Vaccination in Bombay 1902-1912 - 1902-1912
Year: 1902
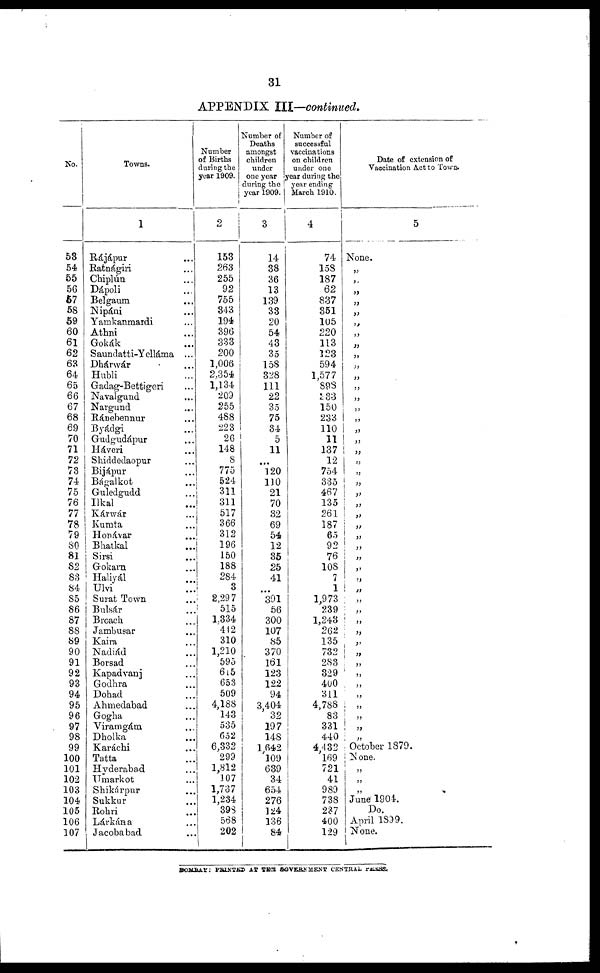
31
APPENDIX III—continued.
No.
53
54
55
56
57
58
59
60
61
62
63
64
65
66
67
68
69
70
71
72
73
74
75
76
77
78
79
80
81
82
83
84
85
86
87
88
89
90
91
92
93
94
95
96
97
98
99
100
101
102
103
104
105
106
107
Towns.
1
Rájápur ...
Ratnágiri ...
Chiplún ...
Dápoli ...
Belgaum ...
Nipáni ...
Yamkanmardi ...
Athni ...
Gokák ...
Saundatti-Yelláma ...
Dhárwár ...
Hubli ...
Gadag-Bettigeri ...
Navalgund ...
Nargund ...
Ránebennur ...
Byádgi ...
Gudgudápur ...
Háveri ...
Shiddedaopur ...
Bijápur ...
Bágalkot ...
Guledgudd ...
Ilkal ...
Kárwár
Kumta ...
Honávar ...
Bhatkal ...
Sirsi ...
Gokarn ...
Haliyál ...
Ulvi ...
Surat Town ...
Buksár ...
Broach ...
Jambusar ...
Kaira ...
Nadiád ...
Borsad ...
Kapadvanj ...
Godhra ...
Dohad ...
Ahmedabad ...
Gogha ...
Viramgám ...
Dholka ...
Karáchi ...
Tatta ...
Hyderabad ...
Umarkot ...
Shikárpur ...
Sukkur ...
Rohri ...
Lárkána ...
Jacobabad ...
Number
of Births
during the
year 1909.
2
153
263
255
92
755
343
194
396
333
200
1,006
2,354
1,134
209
255
488
223
26
148
8
775
524
311
311
517
366
312
196
150
188
284
3
2,297
515
1,334
442
310
1,210
595
615
653
509
4,188
143
535
652
6,332
299
1,812
107
1,737
1,234
398
568
202
Number of
Deaths
amongst
children
under
one year
during the
year 1909.
3
14
38
36
13
139
33
20
54
43
35
158
328
111
22
35
75
34
5
11
...
120
110
21
70
32
69
54
12
35
25
41
...
391
56
300
107
85
370
161
123
122
94
3,404
32
197
148
1,642
109
639
34
654
276
124
136
84
Number of
successful
vaccinations
on children
under one
fear during the
year ending
March 1910.
4
74
158
187
62
837
351
105
220
113
123
594
1,577
898
233
150
233
110
11
137
12
754
335
467
135
261
187
65
92
76
108
7
1
1,973
239
1,243
262
135
732
283
329
400
311
4,788
83
331
440
4,432
169
721
41
989
738
237
400
129
Date of extension of
Vaccination Act to Town.
5
None.
„
„
„
„
„
„
„
„
„
„
„
„
„
„
„
„
„
„
„
„
„
„
„
„
„
„
„
„
„
„
„
„
„
„
„
„
„
„
„
„
„
„
„
„
„
October 1879.
None.
„
„
„
June 1904.
Do.
April 1899.
None.
BOMBAY: PRINTED AT THE GOVERNMENT CENTRAL PRESS.